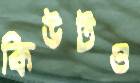
কিউটও